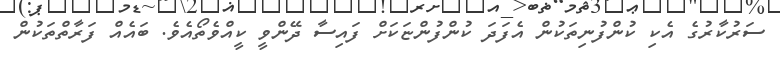
ސަރުކާރުގެ އެކި ކުންފުނިތަކުން އެފަދަ ކުންފުންޏަކަށް ފައިސާ ދޭންވީ ކީއްވެތޯއެވެ. ބައެއް ފަރާތްތަކުން